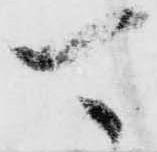
可